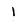
Character: l